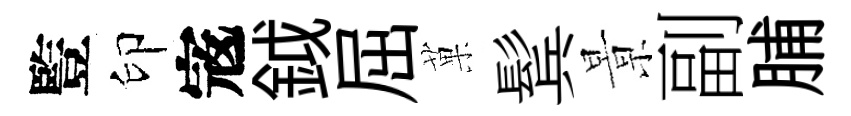
䜿印𡨥鉞屈菓鬂㬌副脯